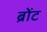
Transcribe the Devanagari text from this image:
ब्रोंट